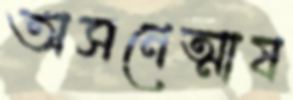
অসনেত্মাষ